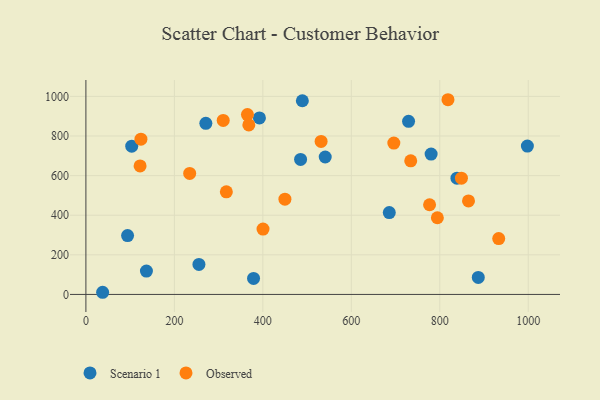
{"axis": {"x": "Ad Spend", "y": "Sales"}, "legend": ["Observed", "Scenario 1"], "data": [{"x": "136.8", "y": 117.8, "type": "Scenario 1"}, {"x": "392.3", "y": 891.4, "type": "Scenario 1"}, {"x": "103.6", "y": 748.4, "type": "Scenario 1"}, {"x": "541.0", "y": 693.8, "type": "Scenario 1"}, {"x": "489.3", "y": 978.0, "type": "Scenario 1"}, {"x": "255.5", "y": 151.3, "type": "Scenario 1"}, {"x": "685.8", "y": 413.3, "type": "Scenario 1"}, {"x": "485.3", "y": 681.8, "type": "Scenario 1"}, {"x": "838.8", "y": 587.0, "type": "Scenario 1"}, {"x": "887.0", "y": 86.1, "type": "Scenario 1"}, {"x": "998.0", "y": 748.9, "type": "Scenario 1"}, {"x": "780.4", "y": 708.6, "type": "Scenario 1"}, {"x": "37.8", "y": 10.9, "type": "Scenario 1"}, {"x": "271.1", "y": 863.8, "type": "Scenario 1"}, {"x": "94.2", "y": 297.4, "type": "Scenario 1"}, {"x": "729.4", "y": 874.0, "type": "Scenario 1"}, {"x": "379.0", "y": 80.9, "type": "Scenario 1"}, {"x": "734.3", "y": 674.5, "type": "Observed"}, {"x": "696.1", "y": 764.2, "type": "Observed"}, {"x": "234.6", "y": 611.0, "type": "Observed"}, {"x": "531.7", "y": 772.6, "type": "Observed"}, {"x": "818.5", "y": 983.1, "type": "Observed"}, {"x": "449.9", "y": 480.8, "type": "Observed"}, {"x": "400.4", "y": 330.1, "type": "Observed"}, {"x": "848.9", "y": 586.8, "type": "Observed"}, {"x": "864.9", "y": 472.1, "type": "Observed"}, {"x": "122.5", "y": 648.6, "type": "Observed"}, {"x": "124.4", "y": 784.0, "type": "Observed"}, {"x": "317.5", "y": 518.2, "type": "Observed"}, {"x": "933.2", "y": 282.2, "type": "Observed"}, {"x": "794.5", "y": 387.2, "type": "Observed"}, {"x": "368.3", "y": 856.0, "type": "Observed"}, {"x": "310.4", "y": 878.7, "type": "Observed"}, {"x": "776.9", "y": 452.8, "type": "Observed"}, {"x": "365.2", "y": 908.2, "type": "Observed"}]}